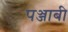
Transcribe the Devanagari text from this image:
पञ्जाबी